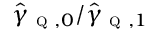
\hat { \gamma } _ { \textsc { q } , 0 } / \hat { \gamma } _ { \textsc { q } , 1 }